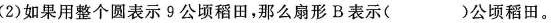
(2)如果用整个圆表示9公顷稻田，那么扇形B表示( )公顷稻田。